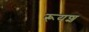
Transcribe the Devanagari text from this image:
रूयश